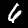
Label: 6